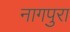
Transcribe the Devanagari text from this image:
नागपुरा